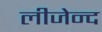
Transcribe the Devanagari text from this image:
लीजेन्द